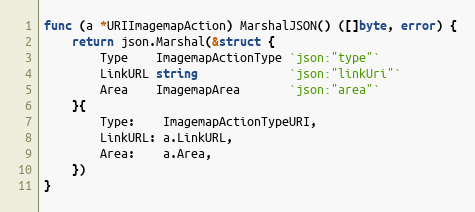
Language: Go
func (a *URIImagemapAction) MarshalJSON() ([]byte, error) {
	return json.Marshal(&struct {
		Type    ImagemapActionType `json:"type"`
		LinkURL string             `json:"linkUri"`
		Area    ImagemapArea       `json:"area"`
	}{
		Type:    ImagemapActionTypeURI,
		LinkURL: a.LinkURL,
		Area:    a.Area,
	})
}